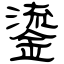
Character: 鎏